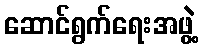
ဆောင်ရွက်ရေးအဖွဲ့